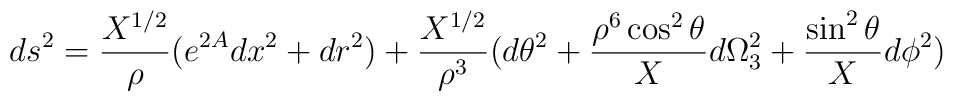
ds^2 = {X^{1/2} \over \rho} ( e^{2 A} dx^2 + dr^2) + {X^{1/2} \over \rho^3}( d \theta^2 + {\rho^6 \cos^2 \theta \over X} d \Omega_3^2 + {\sin^2 \theta\over X} d \phi^2 )